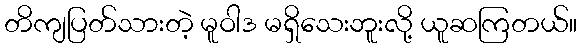
တိကျပြတ်သားတဲ့ မူဝါဒ မရှိသေးဘူးလို့ ယူဆကြတယ်။